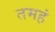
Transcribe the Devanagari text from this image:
तमहं